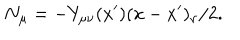
N _ { \mu } = - Y _ { \mu \nu } ( x ^ { \prime } ) ( x - x ^ { \prime } ) _ { \nu } / 2 .